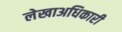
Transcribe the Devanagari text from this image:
लेखाअधिकारी